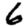
Digit: 6